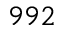
9 9 2